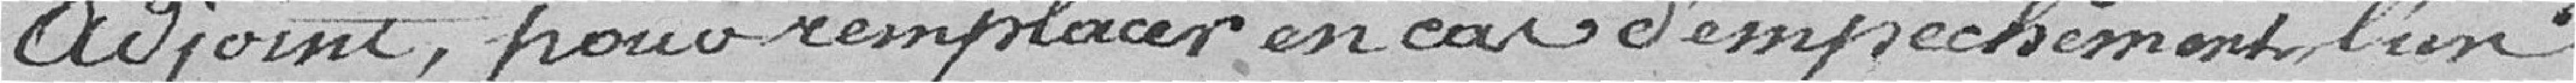
adjoint, pour remplacer, en cas d'empêchement l'un